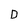
Character: D